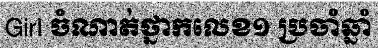
Girl ចំណាត់ថ្នាកលេខ១ ប្រចាំឆ្នាំ